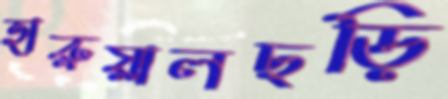
হারুয়ালছড়ি